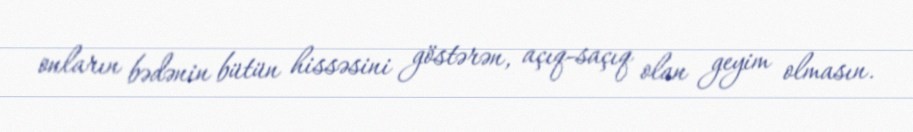
onların bədənin bütün hissəsini göstərən, açıq-saçıq olan geyim olmasın.